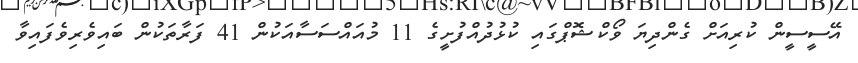
އޭސީސީން ކުރިއަށް ގެންދިޔަ ވޯކްޝޮޕްގައި ކުޅުދުއްފުށީގެ 11 މުއައްސަސާއަކުން 41 ފަރާތަކުން ބައިވެރިވެފައިވާ